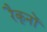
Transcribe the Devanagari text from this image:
रैकूनों